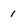
Character: i